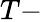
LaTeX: T-